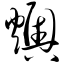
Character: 燠